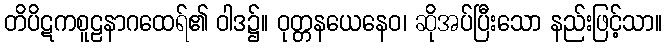
တိပိဋကစူဠနာဂထေရ်၏ ဝါဒ၌။ ဝုတ္တနယေနေဝ၊ ဆိုအပ်ပြီးသော နည်းဖြင့်သာ။